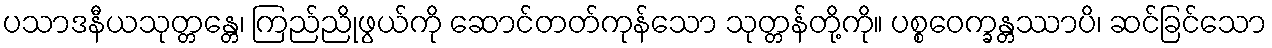
ပသာဒနီယသုတ္တန္တေ၊ ကြည်ညိုဖွယ်ကို ဆောင်တတ်ကုန်သော သုတ္တန်တို့ကို။ ပစ္စဝေက္ခန္တဿာပိ၊ ဆင်ခြင်သော